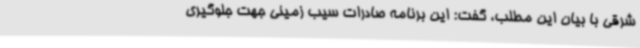
شرقی با بیان این مطلب، گفت: این برنامه صادرات سیب زمینی جهت جلوگیری